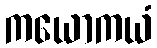
ကယောကယံ